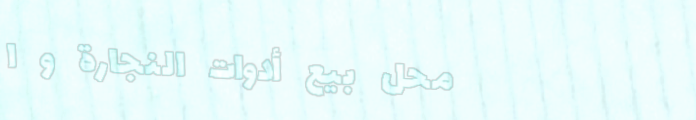
محل بيع أدوات النجارة و ا